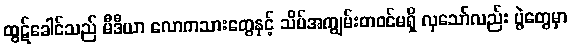
ထွဋ်ခေါင်သည် မီဒီယာ လောကသားတွေနှင့် သိပ်အကျွမ်းတဝင်မရှိ လှသော်လည်း ပွဲတွေမှာ